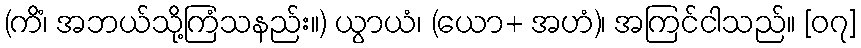
(ကိံ၊ အဘယ်သို့ကြံသနည်း။) ယွာယံ၊ (ယော+ အဟံ)၊ အကြင်ငါသည်။ [၀၇]